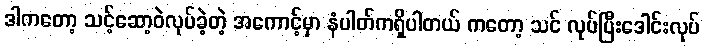
ဒါကတော့ သင့်ဆော့ဝဲလုပ်ခဲ့တဲ့ အကောင့်မှာ နံပါတ်ကရှိပါတယ် ကတော့ သင် လုပ်ပြီးဒေါင်းလုပ်